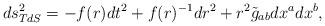
LaTeX: \begin{align*}ds^2_{TdS} =-f(r)dt^2 +f(r)^{-1}dr^2 +r^2 \tilde g_{ab}dx^adx^b,\end{align*}